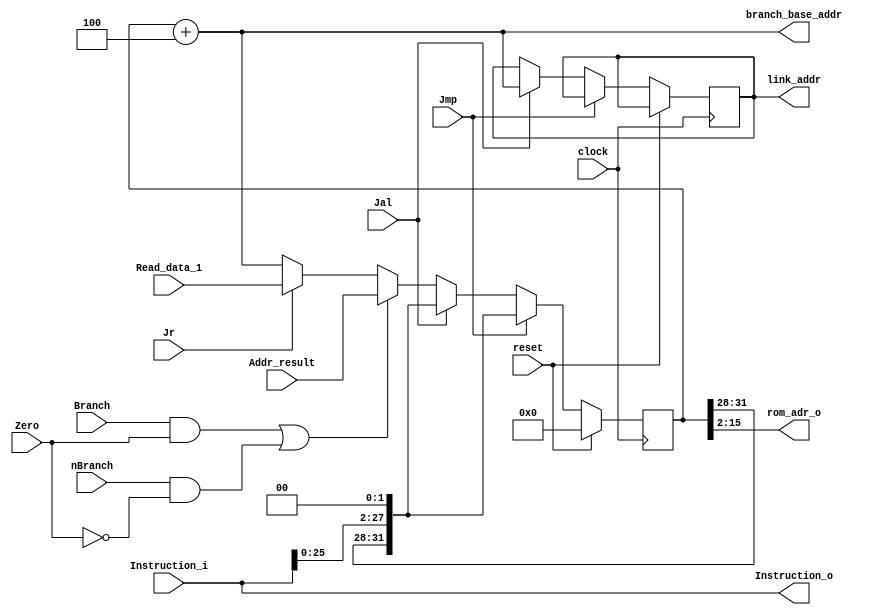
`timescale 1ns / 1ps
//////////////////////////////////////////////////////////////////////////////////
// Company: 
// Engineer: 
// 
// Design Name: 
// Module Name: Ifetc32
// Project Name: 
// Target Devices: 
// Tool Versions: 
// Description: 
// 
// Dependencies: 
// 
// Revision:
// Revision 0.01 - File Created
// Additional Comments:
// 
//////////////////////////////////////////////////////////////////////////////////


module Ifetc32(
    Instruction_i, Instruction_o, branch_base_addr, Addr_result, Read_data_1, 
    Branch, nBranch, Jmp, Jal, Jr, Zero, clock, reset, link_addr, rom_adr_o
    );
    input[31:0] Instruction_i;
    output[31:0] Instruction_o;      // the instruction fetched from this module
    output[31:0] branch_base_addr;   // (pc+4) to ALU which is used by branch type instruction
    output reg [31:0] link_addr;    // (pc+4) to Decoder which is used by jal instruction
    output[13:0] rom_adr_o;
    
    input clock, reset;             // Clock and reset
    
    // from ALU
    input[31:0] Addr_result;        // the calculated address from ALU
    input Zero;                     // while Zero is 1, it means the ALUresult is zero
    
    // from Decoder
    input[31:0] Read_data_1;        // the address of instruction used by jr instruction
    
    // from Controller
    input Branch;                   // while Branch is 1,it means current instruction is beq
    input nBranch;                  // while nBranch is 1,it means current instruction is bnq
    input Jmp;                      // while Jmp 1, it means current instruction is jump
    input Jal;                      // while Jal is 1, it means current instruction is jal
    input Jr;                       // while Jr is 1, it means current instruction is jr
    
    reg[31:0] PC, Next_PC;
    
    assign Instruction_o = Instruction_i;
    assign rom_adr_o = PC[15:2];
    assign branch_base_addr = PC + 4;
    
    always @* begin
        if(((Branch == 1) && (Zero == 1)) || ((nBranch == 1) && (Zero == 0))) // beq, bne
            Next_PC = Addr_result; // the calculated new value for PC
        else if(Jr == 1) // jr
            Next_PC = Read_data_1; // the value of $31 register
        else // others
            Next_PC = PC + 4; // PC+4
    end
    
    always @(negedge clock) begin
        if(reset == 1)
            PC <= 32'h0000_0000;
        else if(Jmp == 1) begin // j
            PC <= {PC[31:28], Instruction_i[25:0], 2'b00}; // pseudo-direct addressing
            link_addr <= link_addr;
        end
        else if(Jal == 1) begin // jal
            PC <= {PC[31:28], Instruction_i[25:0], 2'b00}; // pseudo-direct addressing
            link_addr <= (PC + 4);
        end
        else 
            PC <= Next_PC;
    end
    
endmodule